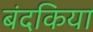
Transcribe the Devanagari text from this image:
बंदकिया